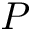
P